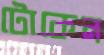
টোকেন